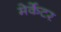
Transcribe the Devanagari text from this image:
मेर्केटर